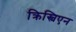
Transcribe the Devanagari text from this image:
क्रिस्चिएन